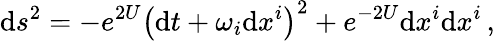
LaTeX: \mathrm{d}s^{2}=-e^{2U}\left(\mathrm{d}t+\omega_{i}\mathrm{d}x^{i}\right)^{2}+e^{-2U}\mathrm{d}x^{i}\mathrm{d}x^{i}\, ,